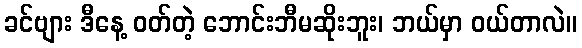
ခင်ဗျား ဒီနေ့ ဝတ်တဲ့ ဘောင်းဘီမဆိုးဘူး၊ ဘယ်မှာ ဝယ်တာလဲ။